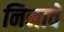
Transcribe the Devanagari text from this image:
निनावे